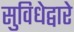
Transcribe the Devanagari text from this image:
सुविधेद्वारे